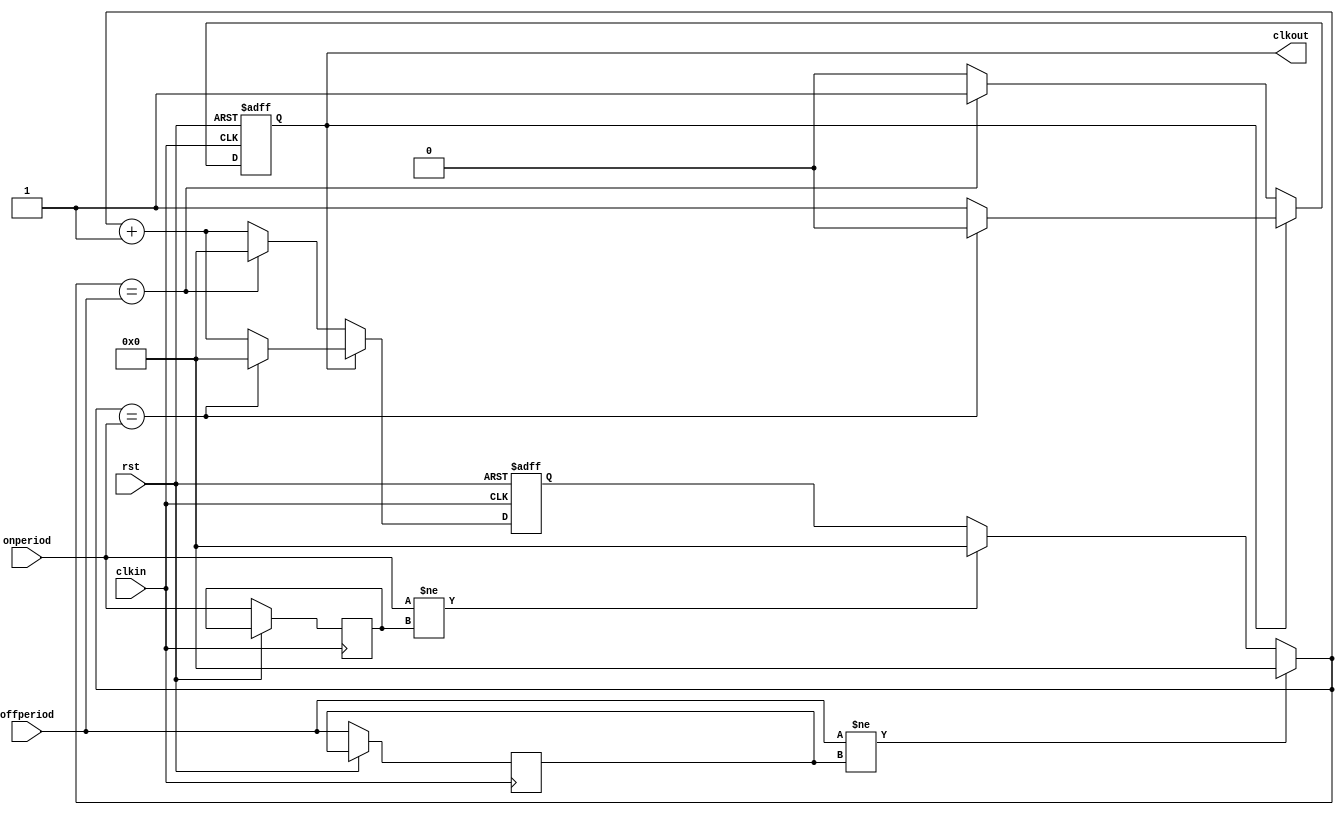
// ---------------------------------------------------------------------------
//
// pwm module
//
//	
//
// Written by Chris van Dongen/SMDprutser for the buspirate NextGen Ultra
// SPI info here: https://en.wikipedia.org/wiki/Serial_Peripheral_Interface
//
// ---------------------------------------------------------------------------



module pwm (
rst,					// reset
clkin,					// clock in
clkout,					// clock out
onperiod,				// #ticks period ontime
offperiod				// #ticks period offtime
);

input rst;
input clkin;
output reg clkout;
input [16:0] onperiod;
input [16:0] offperiod;

reg [16:0] count;
reg [16:0] lastonperiod;
reg [16:0] lastoffperiod;

always @ (posedge clkin or posedge rst)
if (rst)
begin
	count = 16'b0000000000000000;
	clkout = 1'b0;
end
else
begin
	if (onperiod != lastonperiod)		// reset count if onperiod has changed
		count = 16'b0;
	if (offperiod != lastoffperiod)		// reset count if offperiod has changed
		count = 16'b0;
		
	lastonperiod = onperiod;
	lastoffperiod = offperiod;

	if (clkout == 0)
	begin
		if (count == offperiod)				// flip clock after halfperiod clocks
		begin
			count = 16'b0000000000000000;
			clkout = 1;
		end
		else
		begin
			count = count + 1'b1;
		end
	end
	else
	begin
		if (count == onperiod)				// flip clock after halfperiod clocks
		begin
			count = 16'b0000000000000000;
			clkout = 0;
		end
		else
		begin
			count = count + 1'b1;
		end
	end

end

endmodule